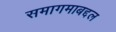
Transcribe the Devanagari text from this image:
समागमाबद्दल